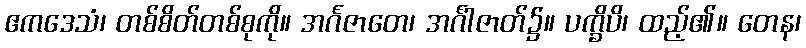
ဧကဒေသံ၊ တစ်စိတ်တစ်စုကို။ အင်္ဂဇာတေ၊ အင်္ဂါဇာတ်၌။ ပက္ခိပိ၊ ထည့်၏။ တေန၊